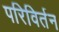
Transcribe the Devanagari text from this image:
परिविर्तन